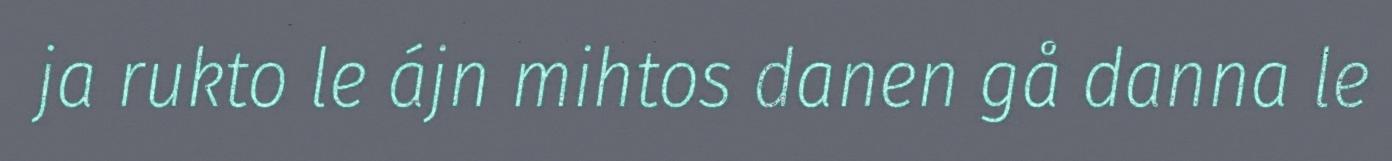
ja rukto le ájn mihtos danen gå danna le